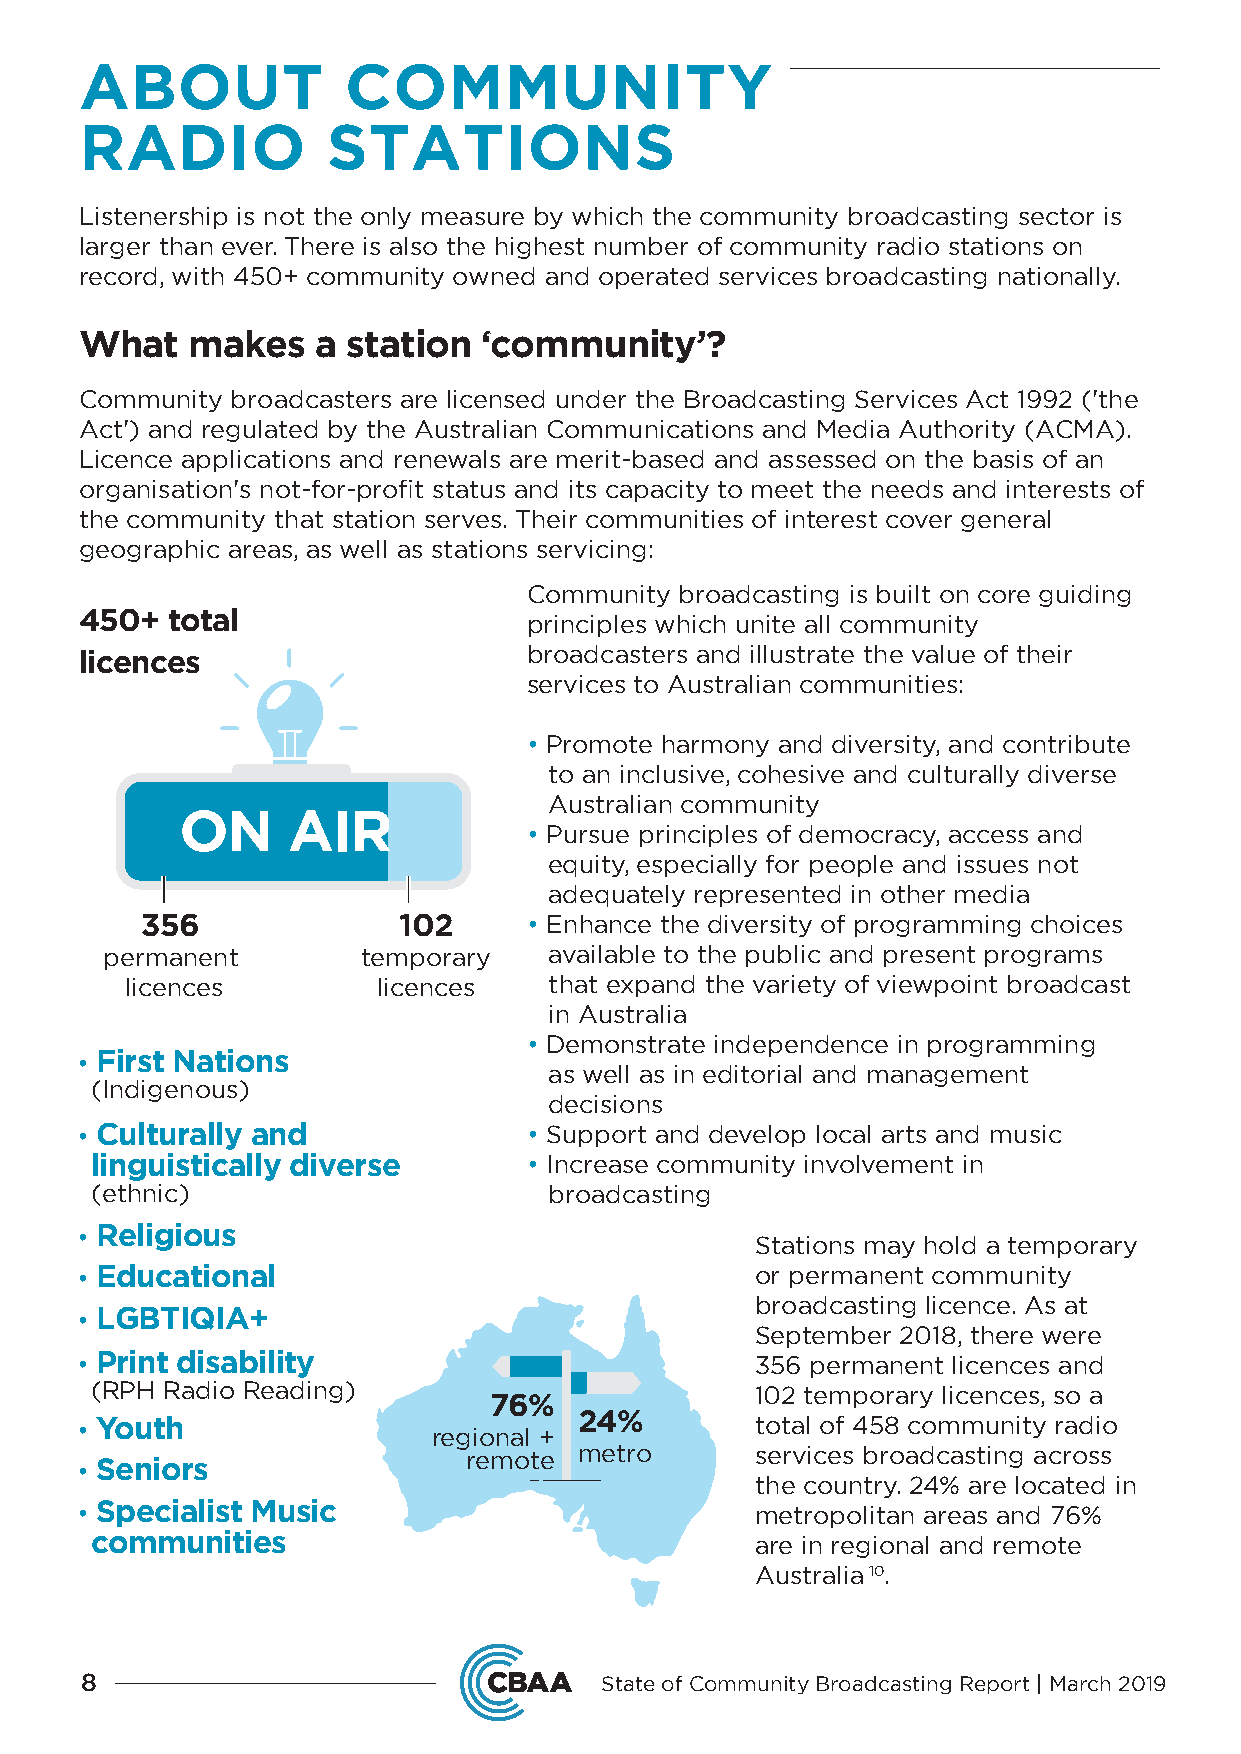
ABOUT             COMMUNITY
 RADIO            STATIONS
 Listenership is not the only measure by which the community broadcasting sector is
 larger than ever. There is also the highest number of community radio stations on
 record, with 450+ community owned and operated services broadcasting nationally.
 What   makes    a station  ‘community’?
 Community broadcasters are licensed under the Broadcasting Services Act 1992 ('the
 Act') and regulated by the Australian Communications and Media Authority (ACMA).
 Licence applications and renewals are merit-based and assessed on the basis of an
 organisation's not-for-profit status and its capacity to meet the needs and interests of
 the community that station serves. Their communities of interest cover general
 geographic areas, as well as stations servicing:
 Community broadcasting is built on core guiding
 450+  total                   principles which unite all community
 broadcasters and illustrate the value of their
 licences
 services to Australian communities:
 • Promote harmony and diversity, and contribute
 to an inclusive, cohesive and culturally diverse
 Australian community
 ON     AIR
 • Pursue principles of democracy, access and
 equity, especially for people and issues not
 adequately represented in other media
 356              102      • Enhance the diversity of programming choices
 permanent        temporary   available to the public and present programs
 licences         licences   that expand the variety of viewpoint broadcast
 in Australia
 • Demonstrate independence in programming
 • First Nations
 as well as in editorial and management
 (Indigenous)
 decisions
 • Culturally and              • Support and develop local arts and music
 linguistically diverse       • Increase community involvement in
 (ethnic)                      broadcasting
 • Religious
 Stations may hold a temporary
 • Educational                                or permanent community
 broadcasting licence. As at
 • LGBTIQIA+
 September 2018, there were
 • Print disability                           356 permanent licences and
 (RPH Radio Reading)                         102 temporary licences, so a
 76%
 • Youth                          24%         total of 458 community radio
 regional +
 remote metro       services broadcasting across
 • Seniors
 the country. 24% are located in
 • Specialist Music                           metropolitan areas and 76%
 communities                                 are in regional and remote
 Australia 10.
 8                                  State of Community Broadcasting Report | March 2019